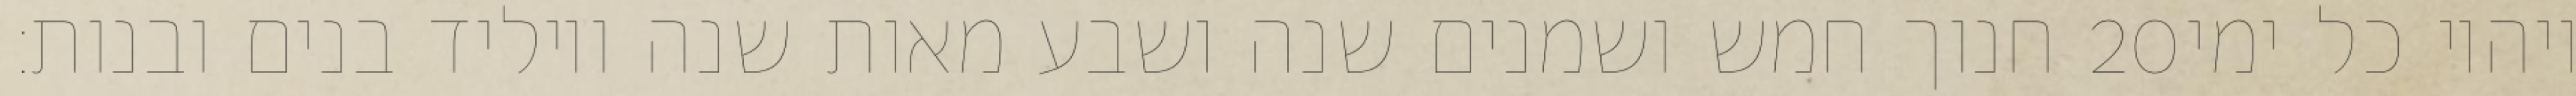
חנוך חמש ושמנים שנה ושבע מאות שנה ויוליד בנים ובנות׃ ‎20‏ ויהיו כל ימי